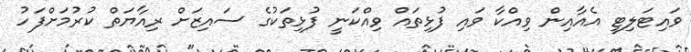
ވައިޓަލިޓީ އެއާއިން ވިއްކާ ވައި ފުޅިތައް ވިއްކަނީ ފުޅިތަކުގެ ސައިޒަށް ރިއާޔަތް ކުރުމަށްފަހު